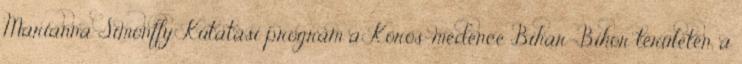
Marianna Simonffy Kutatási program a Körös-medence Bihar-Bihor területén, a